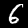
Label: 6